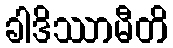
ခါဒိဿာမီတိ